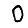
Digit: 0